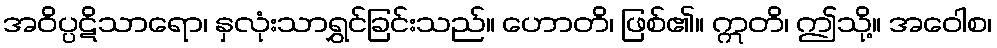
အဝိပ္ပဋိသာရော၊ နှလုံးသာရွှင်ခြင်းသည်။ ဟောတိ၊ ဖြစ်၏။ ဣတိ၊ ဤသို့။ အဝေါစ၊